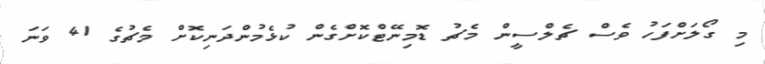
މި ގޯލަށްފަހު ވެސް ޗެލްސީން މެޗު ޑޮމިނޭޓްކޮށްގެން ކުޅެމުންދަނިކޮށް މެޗުގެ 41 ވަނަ